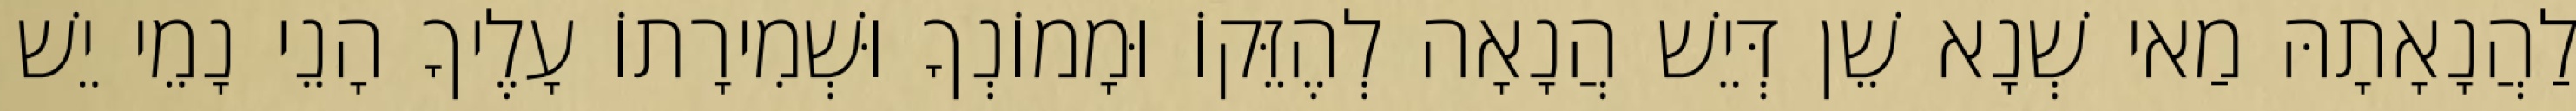
לַהֲנָאָתָהּ מַאי שְׁנָא שֵׁן דְּיֵשׁ הֲנָאָה לְהֶזֵּקוֹ וּמָמוֹנְךָ וּשְׁמִירָתוֹ עָלֶיךָ הָנֵי נָמֵי יֵשׁ